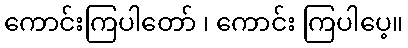
ကောင်းကြပါတော် ၊ ကောင်း ကြပါပေ့။